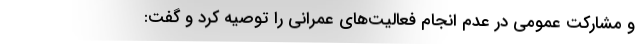
و مشارکت عمومی در عدم انجام فعالیت‌های عمرانی را توصیه کرد و گفت: